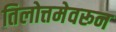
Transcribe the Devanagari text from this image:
तिलोत्तमेवरून